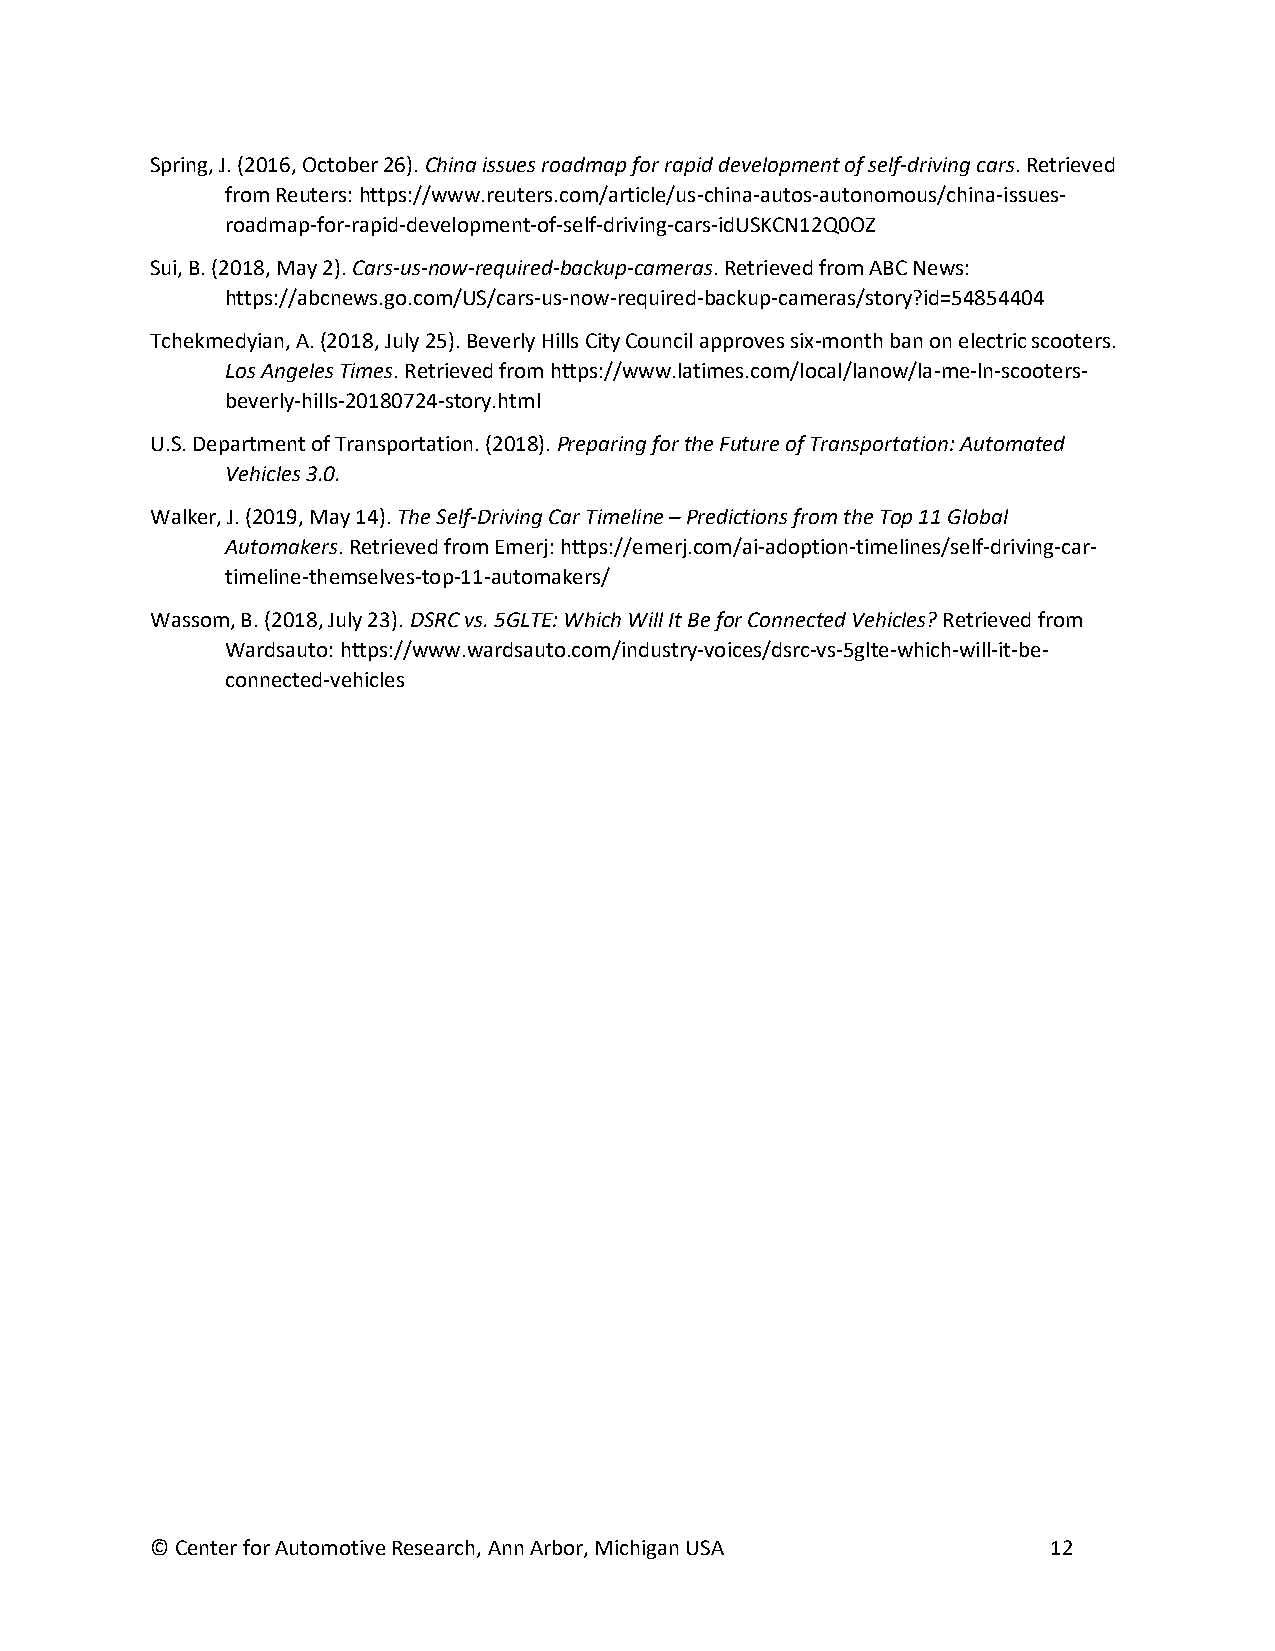
Spring, J. (2016, October 26). China issues roadmap for rapid development of self-driving cars. Retrieved
 from Reuters: https://www.reuters.com/article/us-china-autos-autonomous/china-issues-
 roadmap-for-rapid-development-of-self-driving-cars-idUSKCN12Q0OZ
 Sui, B. (2018, May 2). Cars-us-now-required-backup-cameras. Retrieved from ABC News:
 https://abcnews.go.com/US/cars-us-now-required-backup-cameras/story?id=54854404
 Tchekmedyian, A. (2018, July 25). Beverly Hills City Council approves six-month ban on electric scooters.
 Los Angeles Times. Retrieved from https://www.latimes.com/local/lanow/la-me-ln-scooters-
 beverly-hills-20180724-story.html
 U.S. Department of Transportation. (2018). Preparing for the Future of Transportation: Automated
 Vehicles 3.0.
 Walker, J. (2019, May 14). The Self-Driving Car Timeline – Predictions from the Top 11 Global
 Automakers. Retrieved from Emerj: https://emerj.com/ai-adoption-timelines/self-driving-car-
 timeline-themselves-top-11-automakers/
 Wassom, B. (2018, July 23). DSRC vs. 5GLTE: Which Will It Be for Connected Vehicles? Retrieved from
 Wardsauto: https://www.wardsauto.com/industry-voices/dsrc-vs-5glte-which-will-it-be-
 connected-vehicles
 © Center for Automotive Research, Ann Arbor, Michigan USA   12